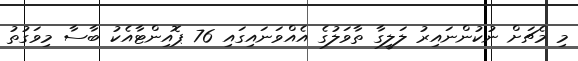
މި މެޗަށް ނުކުންނައިރު ލަލީގާ ތާވަލުގެ އެއްވަނައިގައި 76 ޕޮއިންޓާއެކު ބާސާ މިވަގުތު